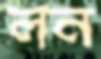
লন